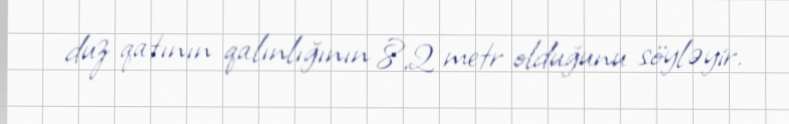
duz qatının qalınlığının 8,2 metr olduğunu söyləyir.